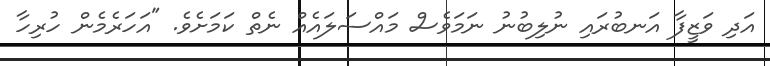
އަދި ވަޒީފާ އަނބުރައި ނުލިބުނު ނަމަވެސް މައްސަލައެއް ނެތް ކަމަށެވެ. "އަހަރެމެން ހުރިހާ